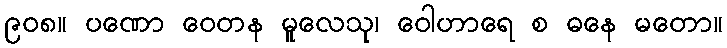
၉၀၈။ ပဏော ဝေတန မူလေသု၊ ဝေါဟာရေ စ ဓနေ မတော။